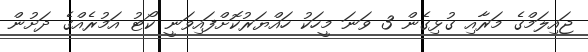
ޖައިލަމްގެ މަރާއި ގުޅިގެން 3 ވަނަ މީހަކު ހައްޔަރުކޮށްފައިވަނީ ކޯޓު އަމުރެއްގެ ދަށުން